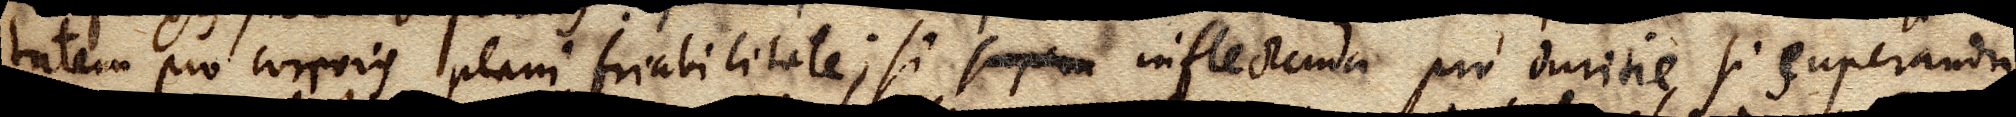
tatem pro corporis plani friabilitate; si supera inflectenda pro duritie, si superanda